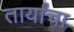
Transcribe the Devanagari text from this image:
तार्यांचा